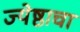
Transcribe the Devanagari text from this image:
ज्येष्ठाचा